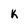
Character: k